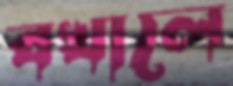
বখালে